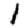
Digit: 1